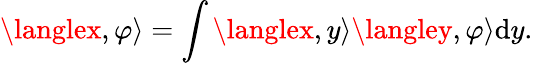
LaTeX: \langlex,\varphi\rangle=\int\langlex,y\rangle\langley,\varphi\rangle\mathrm{d}y.